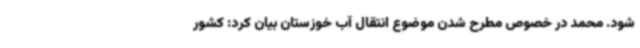
شود. محمد در خصوص مطرح شدن موضوع انتقال آب خوزستان بیان کرد: کشور